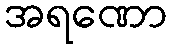
အရဏော